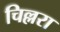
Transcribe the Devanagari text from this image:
चिल्लरा